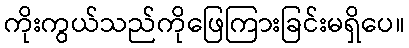
ကိုးကွယ်သည်ကိုဖြေကြားခြင်းမရှိပေ။